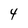
Character: 4